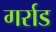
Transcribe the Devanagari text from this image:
गर्राड